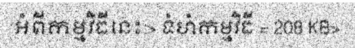
អំពីកម្មវិធីនេះ:> ទំហំកម្មវិធី = 208 KB>